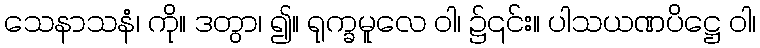
သေနာသနံ၊ ကို။ ဒတွာ၊ ၍။ ရုက္ခမူလေ ဝါ၊ ၌၎င်း။ ပါသယဏပိဋ္ဌေ ဝါ၊